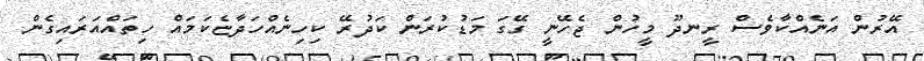
އޭރުން އަނެއްކާވެސް ރީނދޫ މީހުން ޖެހޭނީ ގޭގަ މަޑުކުރަން ކަދުރޭ ކިހިނެއްހަދާޏެކަމައް ހިތައްއަރައިގެން